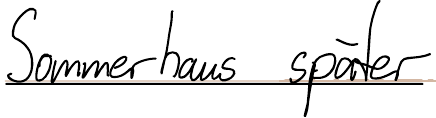
Sommerhaus später